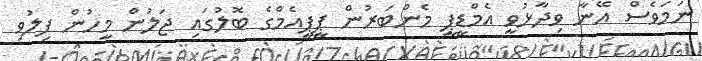
ނަމަވެސް އޭނާ ވިދާޅުވީ އެެމްޑީޕީ މެންބަރުން ޕީޕީއެމްގެ ބޮލުގައި ޖަލުން މީހުން ފިލުވި